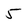
Character: 5